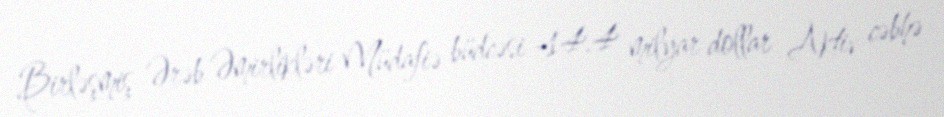
Birləşmiş Ərəb Əmirlikləri Müdafiə büdcəsi -14.4 milyar dollar Aktiv cəbhə